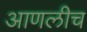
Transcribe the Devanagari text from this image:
आणलीच